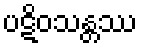
ပဋိဝသန္တဿ